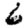
Digit: 6